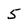
Character: 5